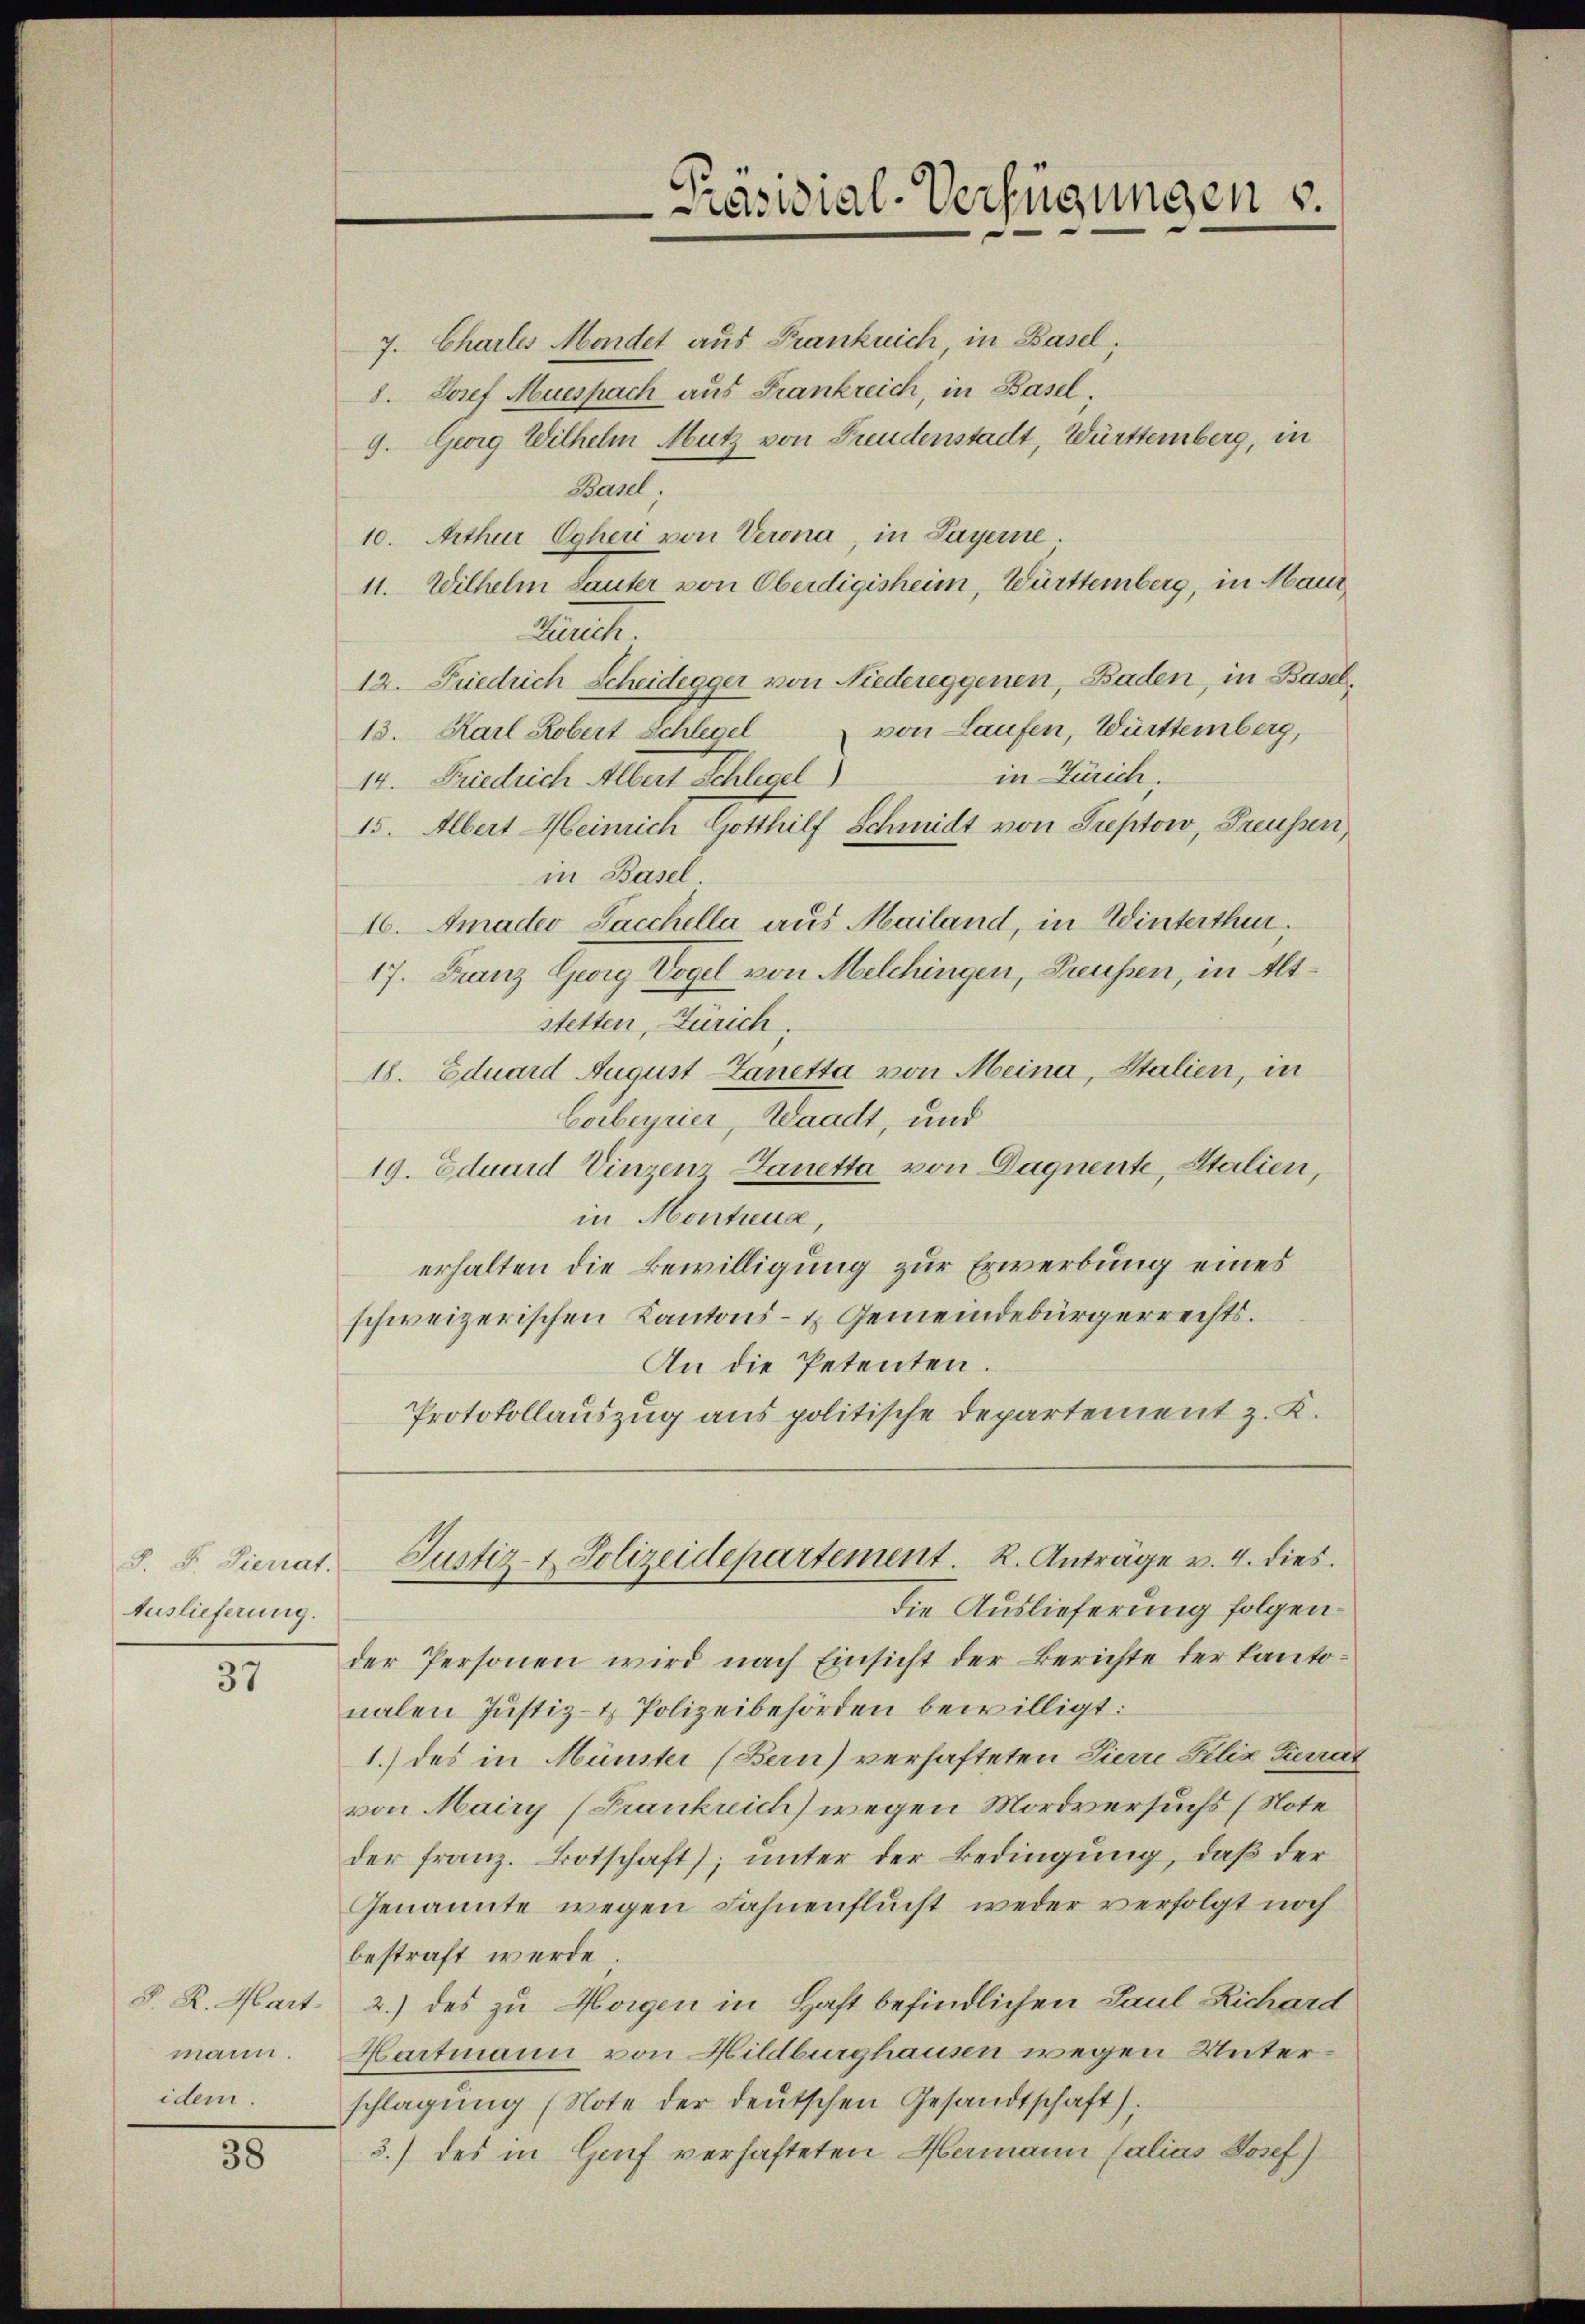
Auslieferung.

37

S. R. Mart.
mann.
idem.

38

Präsidial-Verfügungen v.

7. Chartes Mordet aus Franklich in Basel,
8. Josef Muespach aus Frankreich, in Basel.
9. Georg Wilhelm Mutz von Freudenstadt, Württemberg, in
Basel,
10. Arthur Ogheri von Verona, in Payerne.
11. Wilhelm hauter von Oberdigisheim, Württemberg, in Maur,
Mart.
12. Friedrich Scheidegger von Niedereggenen, Baden, in Baselvon Laufen, Württemberg,
13. Karl Robert Schlegel
in Zürich,
14. Friedrich Albert Schlügel)
15. Albert Heimich Gotthilf Schmidt von Suptow, Greussen,
in Basel
16. Amader Sacchella aus Mailand, in Winterthur,
17. Franz Georg Vogel von Melchingen, Preussen, in Altstetten, Zürich,
18. Eduard August Ganetta von Meina, Stalien, in
Corbeyrier, Waadt, und
19. Eduard Vinzen Lanetta von Daquente, Italien,
in Montua,
erhalten die Bewilligung zur Erwerbung eines
schweizerischen Kantons- & Gemeindebürgerrechts.
An die Petenten.
Protokollauszug aus politische Departement z. K.

. F. Sienat. Justiz- & Polizeidepartement. R. Anträge v. 4. dies
die Auslieferung folgen.

der Personen wird nach Einsicht der Berichte der Kantonalen Justiz- & Polizeibehörden bewilligt:
1.) des in Münster (Bern) verhafteten Pierre Felix Terrat
von Mairy (Frankreich) wegen Mordversuchs (Note
der franz. Botschaft; unter der Bedingung, daß der
Genannte wegen Fahnenflucht weder verfolgt noch
bestraft werde.
2.) des zu Horgen in Haft befindlichen Paul Richard
Hartmann von Hildburghausen wegen Unterschlagung (Note der deutschen Gesandtschaft);
3.) des in Genf verhafteten Hermann Calias Josef)